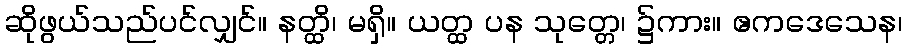
ဆိုဖွယ်သည်ပင်လျှင်။ နတ္ထိ၊ မရှိ။ ယတ္ထ ပန သုတ္တေ၊ ၌ကား။ ဧကဒေသေန၊